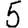
Digit: 5